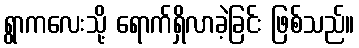
ရွာကလေးသို့ ရောက်ရှိလာခဲ့ခြင်း ဖြစ်သည်။